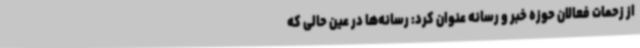
از زحمات فعالان حوزه خبر و رسانه عنوان کرد: رسانه‌ها در عین حالی که